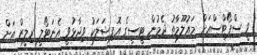
ވީ ސްޕޯޓްސްއަށް މައުލޫމާތު ދެމުން ޓީސީގެ އޮފިޝަލަކު ވިދާޅުވީ އެނަޓޯލީ ރިލީޒް އަށް